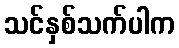
သင်နှစ်သက်ပါက